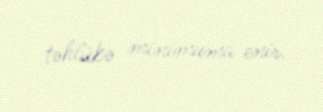
təhlükə minimuma enir.